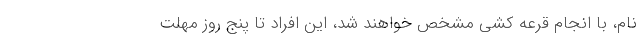
نام،‌ با انجام قرعه کشی مشخص خواهند شد، این افراد تا پنج روز مهلت